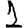
Digit: 1